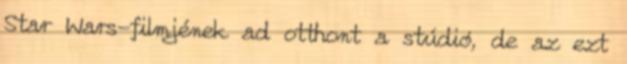
Star Wars-filmjének ad otthont a stúdió, de az ezt